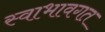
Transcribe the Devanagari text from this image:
स्वाभावगत